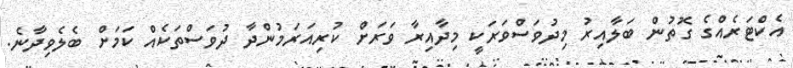
އެކްޓަރެއްގެ ގޮތުން ބަލާއިރު މިދުވަސްވަރަކީ މިދާއިރާ ވަރަށް ކުރިއަރަމުންދާ ދުވަސްތަކެއް ކަމަށް ބެލެވިދާނެ.